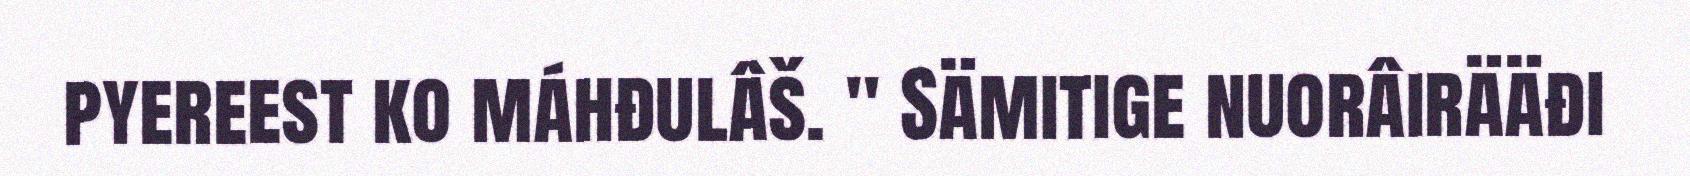
pyereest ko máhđulâš. " Sämitige nuorâirääđi